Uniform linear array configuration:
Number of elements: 8
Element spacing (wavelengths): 0.5
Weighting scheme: hamming
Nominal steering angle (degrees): -30
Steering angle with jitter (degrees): -28.068
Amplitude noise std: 0.05
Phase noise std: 0.05

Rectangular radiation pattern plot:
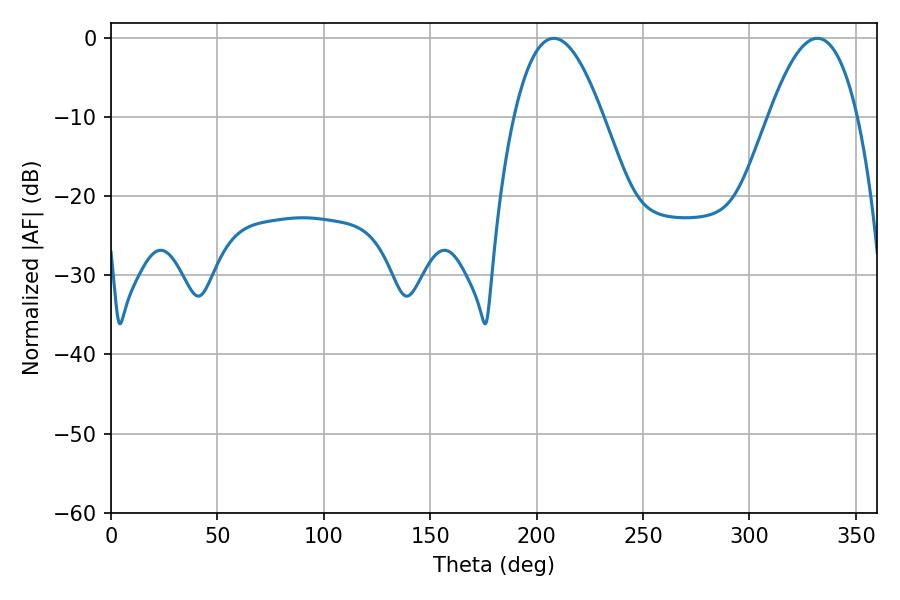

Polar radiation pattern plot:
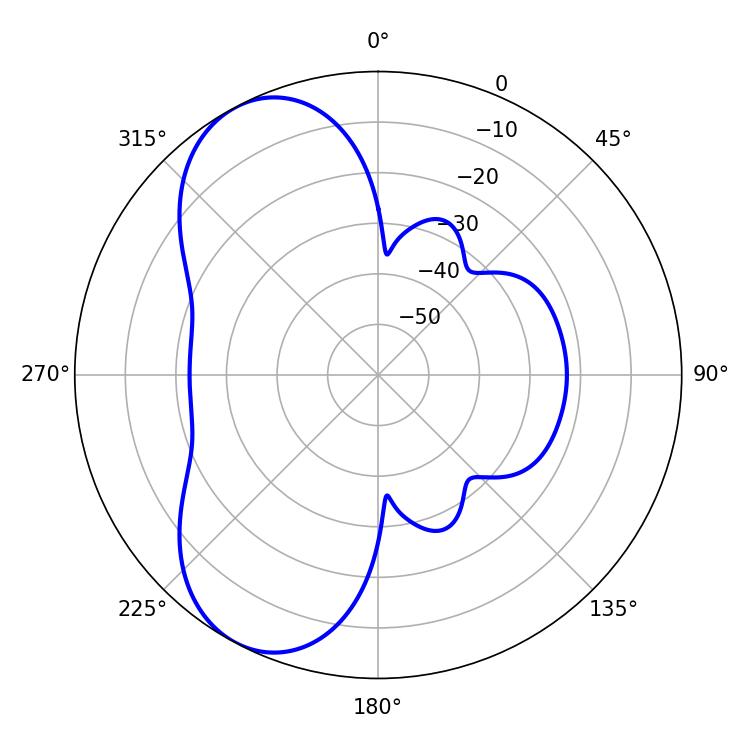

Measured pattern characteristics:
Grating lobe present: FALSE
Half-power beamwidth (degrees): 22.86
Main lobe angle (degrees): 208.08